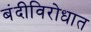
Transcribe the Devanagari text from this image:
बंदीविरोधात